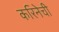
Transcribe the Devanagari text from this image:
करिनेची